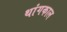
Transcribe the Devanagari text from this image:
थांगकाल